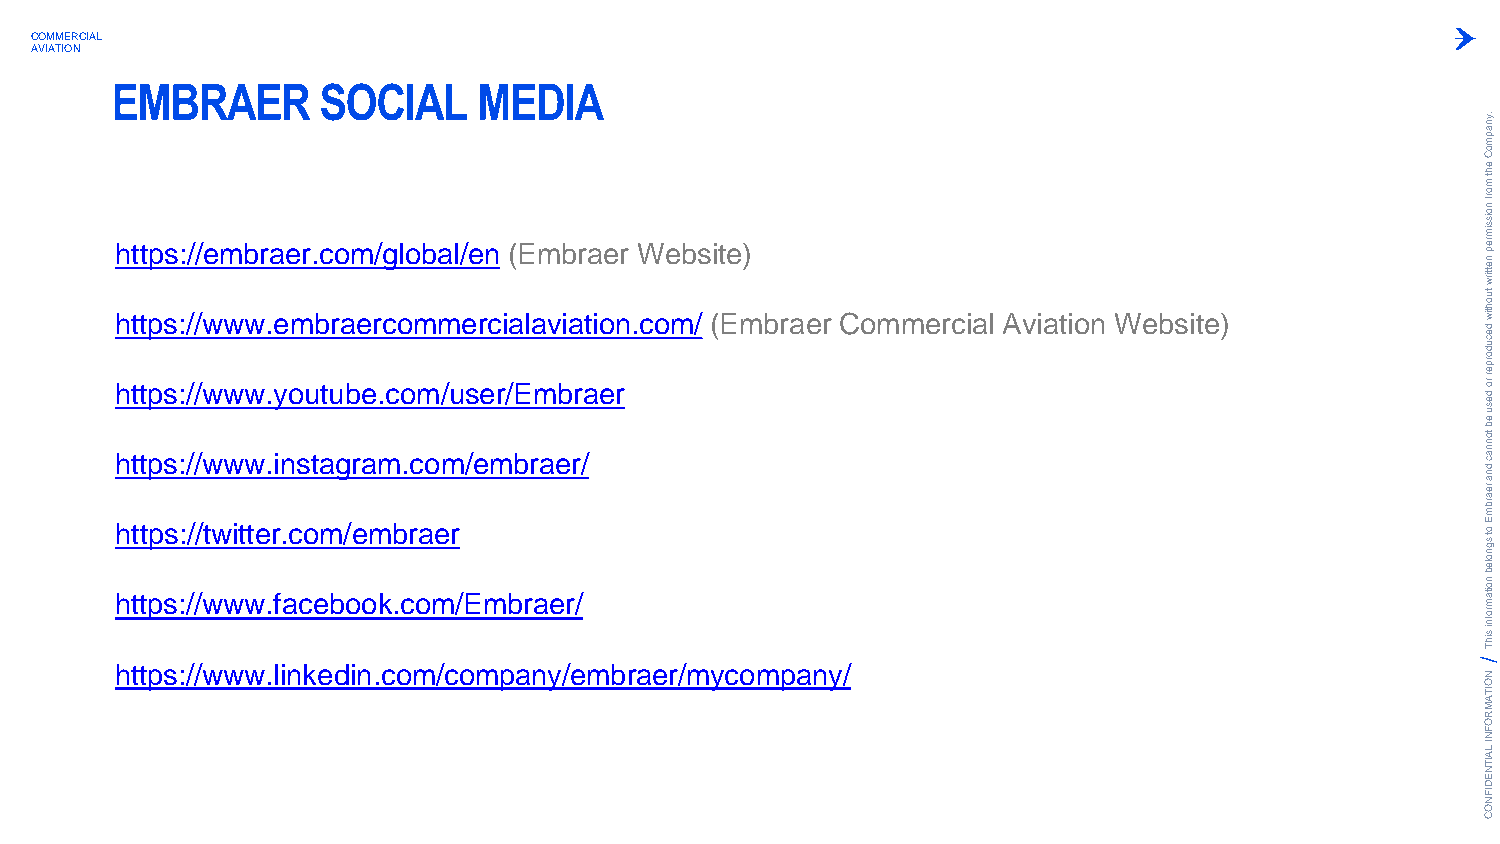
COMMERCIAL
 AVIATION
 EMBRAER       SOCIAL     MEDIA
 .ynapm
 oC
 eht
 m
 orf
 noissim
 https://embraer.com/global/en (Embraer Website)                                           rep
 nettirw
 https://www.embraercommercialaviation.com/ (Embraer Commercial Aviation Website)
 tuohtiw
 h ht tt tp ps s: :/ // /w ww ww w. .y ino su tatu gb re a. mco .cm o/ mus /ee mr/E brm aeb rr /aer
 decudorper
 ro
 desu
 eb
 tonnac
 dna
 rearbm
 h ht tt tp ps s: :/ // /t ww wit wte .r f. ac co em b/ oe om kb .cr oa mer
 /Embraer/
 E ot
 sgnoleb
 noitam
 rofni
 sihT
 https://www.linkedin.com/company/embraer/mycompany/
 N
 O
 ITA
 M
 R
 O
 F
 N
 I LA
 IT
 N
 E
 D
 IF
 N
 O
 C